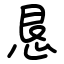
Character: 恳